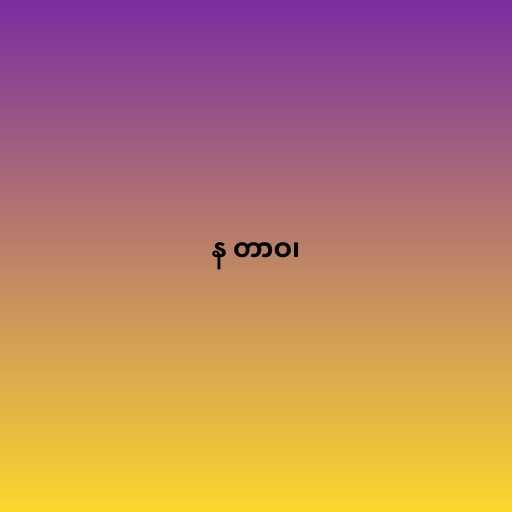
န တာဝ၊